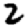
Digit: 2